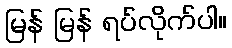
မြန် မြန် ရပ်လိုက်ပါ။